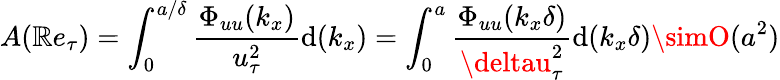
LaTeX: A(\mathbb{R}e_{\tau})=\int_{0}^{a/\delta}\frac{{\Phi_{uu}(k_{x})}}{{u_{\tau}^{2}}}\mathrm{{d}}(k_{x})=\int_{0}^{a}\frac{{\Phi_{uu}(k_{x}\delta)}}{{\deltau_{\tau}^{2}}}\mathrm{{d}}(k_{x}\delta)\simO(a^{2})